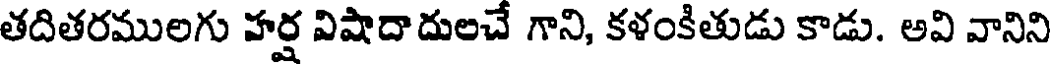
తదితరములగు హర్ష విషాదాదులచే గాని, కళంకితుడు కాడు. అవి వానిని